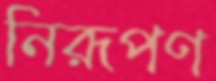
নিরূপণ